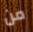
من